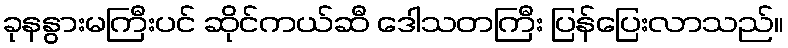
ခုနနွားမကြီးပင် ဆိုင်ကယ်ဆီ ဒေါသတကြီး ပြန်ပြေးလာသည်။